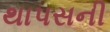
થાપસની